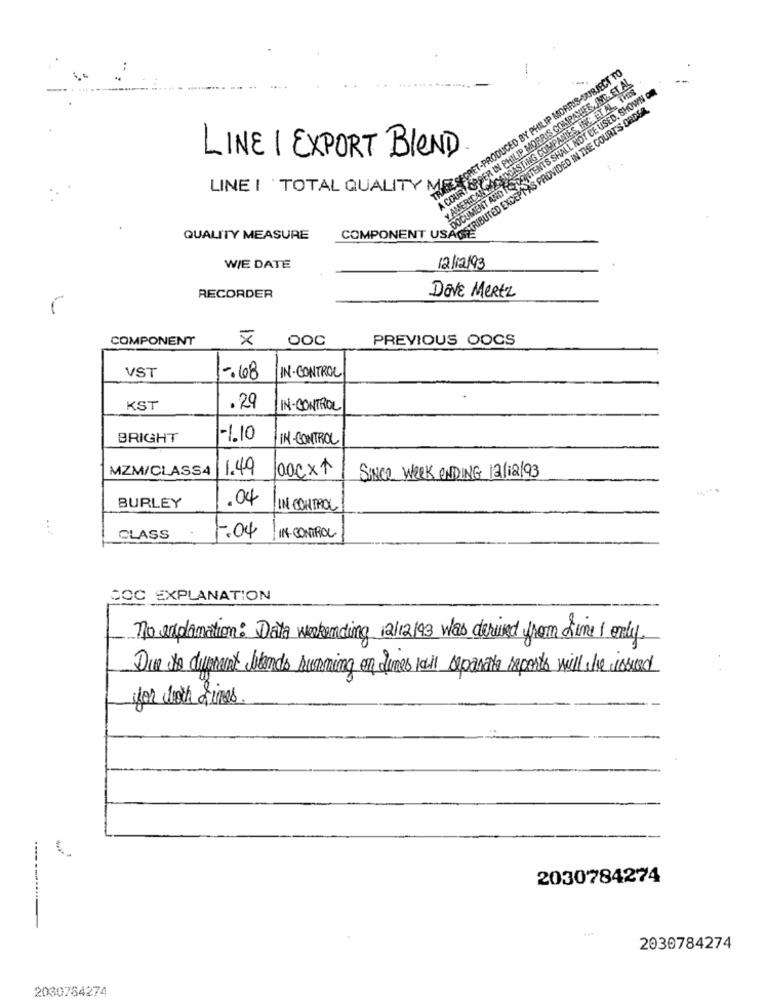
ECRET-PRODUCED BY PHILIP MORRIS-SUBJECT TO
A COURT ORDER IN PHILIP MORRIS COMPANIES, AND. ET AL
DOCUMENT AND ITS CONTENTS SHALL NOT BE USED. SHOWN ON
ILNG COMPANIES, INAETAL, MIS
COMPONENT US DODUDIRUTED EXCEPTAS PROVIDED IN THE COURTS ORDEN
LINE I EXPORT BLEND
Y AMERICAN 22060
LINE I TOTAL QUALITY MES
QUALITY MEASURE
12/12/93
WIE DATE
DOVE MERtz
RECORDER
COMPONENT
1X
OOC
PREVIOUS OOCS
VST
-. 68
IN-CONTROL
KST
.29
IN-CONTROL
BRIGHT
-1.10
IN- CONTROL
MZM/CLASS4
1.49
00ext
SINCE WEEK ENDING 12/12/93
.04
BURLEY
IN CONTROL
:
IN-CONTROL
CLASS
7.04
DOC EXPLANATION
no explanation: Data weekending 12/12/93 was derived from dine I only.
Due to durrant blends running on Times will separate reports will be issued
for work dines.
----
2030784274
2030784274
2030784274